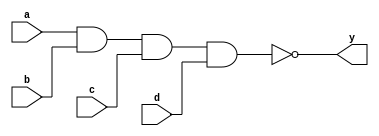
module submodule_hw_8_a(
    output wire y,
    input wire a,b,c,d
);

nand U0 (y, a, b, c, d);
endmodule